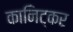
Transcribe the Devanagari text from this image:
कानिट्कर